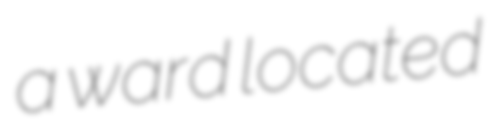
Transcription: a ward located